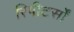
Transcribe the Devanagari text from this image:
रिपीटर्सों